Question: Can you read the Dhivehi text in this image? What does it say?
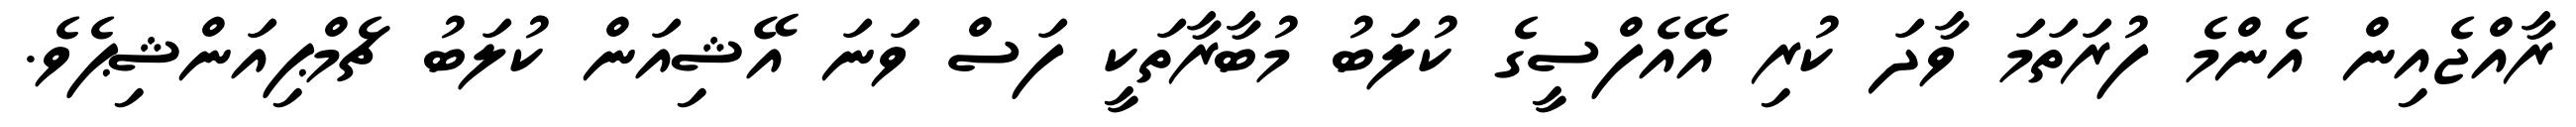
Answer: ރާއްޖެއިން އެންމެ ފުރަތަމަ ވާދަ ކުރި އޭއެފްސީގެ ކުލަބު މުބާރާތަކީ ފަސް ވަނަ އޭޝިއަން ކުލަބު ޗެމްޕިއަންޝިޕެވެ.